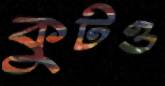
কুটও